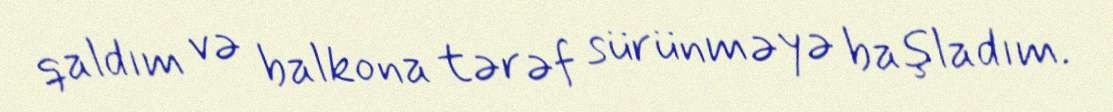
qaldım və balkona tərəf sürünməyə başladım.